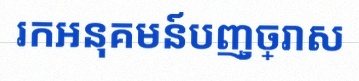
រកអនុគមន៍បញ្ច្រាស